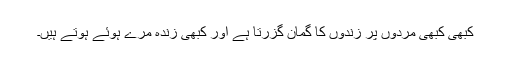
کبھی کبھی مردوں پر زندوں کا گمان گزرتا ہے اور کبھی زندہ مرے ہوئے ہوتے ہیں۔